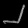
Digit: ၂